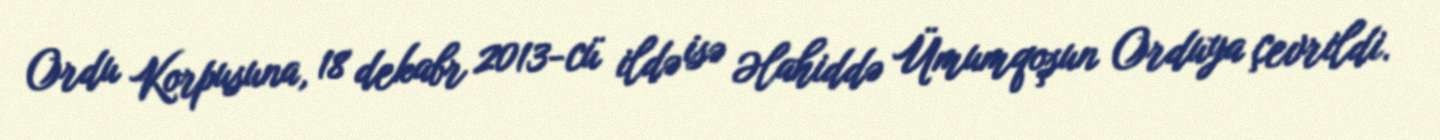
Ordu Korpusuna, 18 dekabr 2013-cü ildə isə Əlahiddə Ümumqoşun Orduya çevrildi.